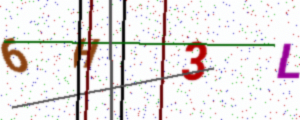
Text: 6H3L